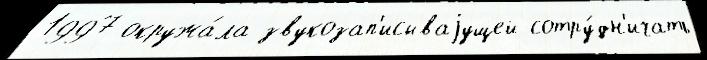
1997 окружа́ла звукозап'исываjущей сотру́дн'ичать